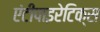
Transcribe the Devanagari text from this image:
एंटीपाइरेटिक्स